Civil Veterinary Dept. Bombay admin report 1932-41 - 1932-1941
Year: 1932
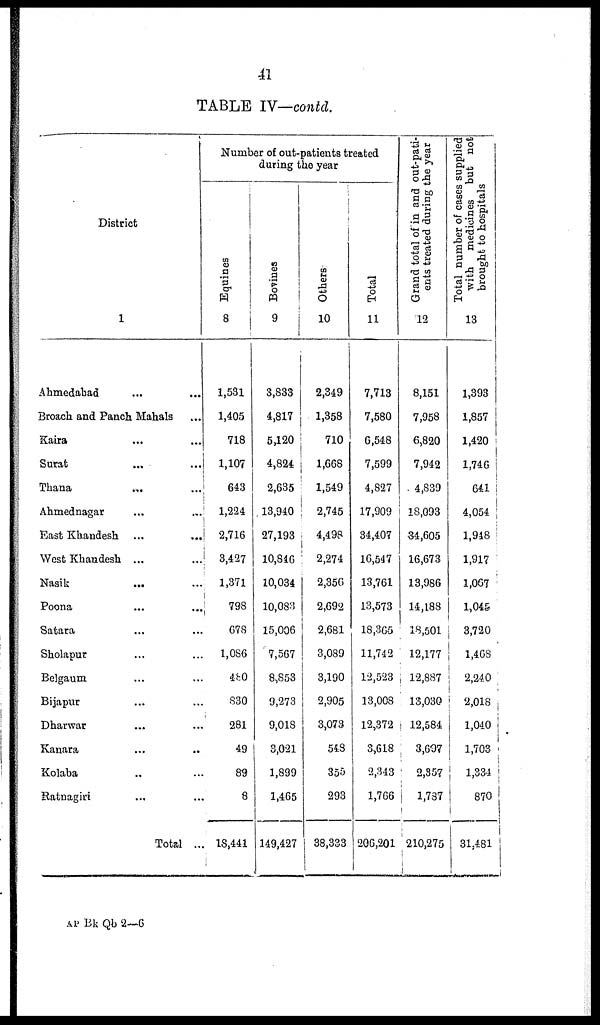
41
TABLE IV—contd.
District
1
Ahmedabad ... ...
Broach and Panch Mahals ...
Kaira ... ...
Surat ... ...
Thana ... ...
Ahmednagar
...
...
East Khandesh ...
...
West Khandesh ...
...
Nasik
...
...
Poona
...
...
Satara ... ...
Sholapur ... ...
Belgaum ... ...
Bijapur ... ...
Dharwar ... ...
Kanara ... ...
Kolaba ... ...
Ratnagiri ... ...
Total ...
Number of out-patients treated
during the year
Equines
8
1,581
1,405
718
1,107
643
1,224
2,716
3,427
1,371
798
678
1,086
480
830
281
49
89
8
18,441
Bovines
9
3,833
4,817
5,120
4,824
2,635
13,940
27,193
10,846
10,034
10,083
15,006
7,567
8,853
9,273
9,018
3,021
1,899
1,465
149,427
Others
10
2,349
1,358
710
1,668
1,549
2,745
4,498
2,274
2,356
2,692
2,681
3,089
3,190
2,905
3,073
548
355
293
38,333
Total
11
7,713
7,580
6,548
7,599
4,827
17,909
34,407
16,547
13,761
13,573
18,365
11,742
12,528
13,008
12,372
3,618
2,343
1,766
206,201
Grand total of in and out-pati-
ents treated during the year
12
8,151
7,958
6,820
7,942
4,839
18,093
34,605
16,673
13,986
14,188
18,501
12,177
12,887
13,030
12,584
3,697
2,357
1,787
210,275
Total number of cases supplied
with medicines but not
brought to hospitals
13
1,393
1,857
1,420
1,746
641
4,054
1,948
1,917
1,067
1,045
3,720
1,468
2,240
2,018
1,040
1,703
1,334
870
31,481
AP Bk Qb 2—6